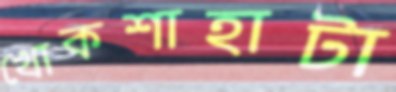
খোকশাহাটা